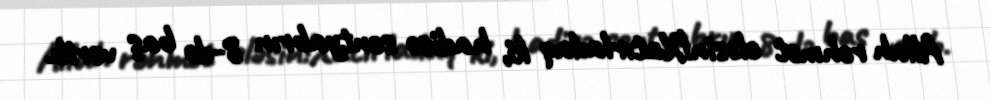
Allah rəhmət eləsin!Xatırladaq ki, hadisə sentyabrın 8-də baş verib.